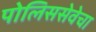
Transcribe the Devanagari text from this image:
पोलिससेवेचा